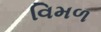
વિમળ